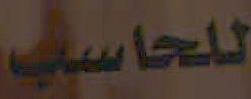
للحاسب